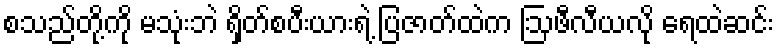
စသည်တို့ကို မသုံးဘဲ ရှိတ်စပီးယားရဲ့ ပြဇာတ်ထဲက ဩဖီလီယလို ရေထဲဆင်း